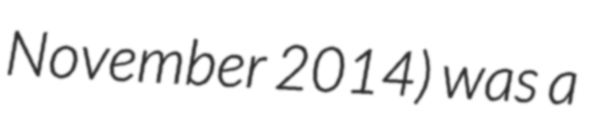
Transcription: November 2014) was a